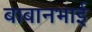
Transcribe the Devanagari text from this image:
बाबानभाई